Report of the Municipal Commissioner on the plague in Bombay for the year ending 31st May... - Volume 2
Disease focus: Plague
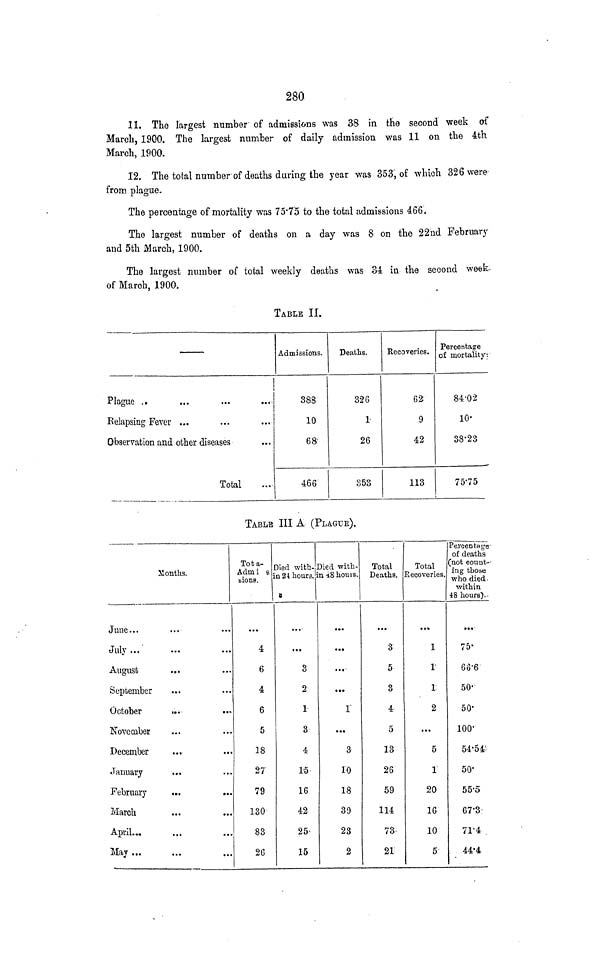
280
11. The largest number of admissions was 38 in the second week of
March, 1900. The largest number of daily admission was 11 on the 4th
March, 1900.
12. The total number of deaths during the year was 353, of which 326 were
from plague.
The percentage of mortality was 75'7'5 to the total admissions 466.
The largest number of deaths on a day was 8 on the 22nd February
and 5th March, 1900.
The largest number of total weekly deaths was 34 in the second week-
of March, 1900.
TABLE II.
Plague ..
Relapsing Fever ...
Observation and other diseases
Total
Admissions.
388
10
68"
466
Deaths.
326
1
26
353
Recoveries.
62
9
42
113
Percentage
of mortality;
84-02
10-
38'23
75-75
TABLE III A (PLAGUE).
ilonths.
June...
July...
August
...
September
October
November
December
January
...
February
March
April...
May ...
Tota-
Aclmi e
bionp.
4
6
4
6
5
18
27'
79
130
83
26
Died with-
n 24 hours.
&
• •»
3
2
1
3
4
15
16
42
25-
15
Died with-
in 48 houis.
...
...
....
**•
1
...
3
10
18
39
23
2
Total
Deaths.
...
3
5
3
4
5
13
26
59
114
73
21
Total
Recoveries.
1
1
1
2
...
5
1
20
16
10
5
Percentaire-
of deaths
(not count--
ing those
who died-
within
48 hours), •
75-
6o'6
50'
50'
100'
54-54'
50'
55-5
67-3-
71-4
44'4